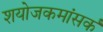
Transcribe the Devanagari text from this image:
शयोजकमांसर्क